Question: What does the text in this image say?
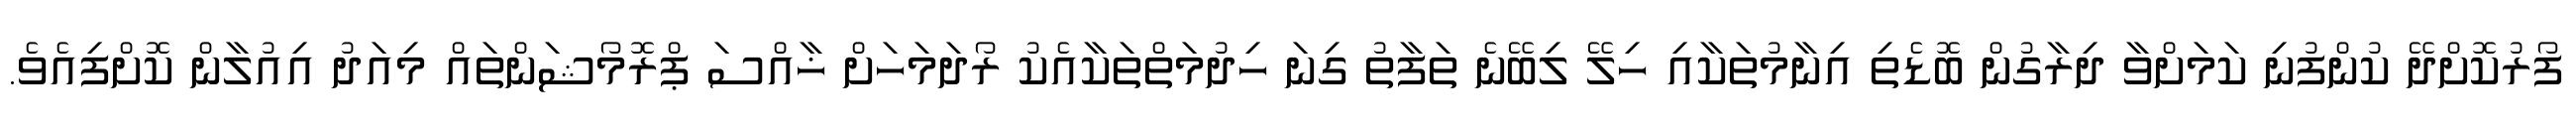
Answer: ފޯރުކޮށްދޭ ކުންފުނި ކަމަށްވާ ދިރާގުން ބޮޑެތި އިނާމުތަކާއި ހިލޭ ލިބޭނެ ތަފާތު ގިނަ ހިދުމަތްތަކާއެކު ރޯދަމަހަށް ޚާއްސަ ޕްރޮމޯޝަންތައް މިއަދު އިއުލާން ކޮށްފިއެވެ.